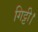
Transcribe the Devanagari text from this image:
गिट्टी।